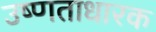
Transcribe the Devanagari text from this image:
उष्णताधारक